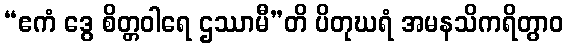
“ဧကံ ဒွေ စိတ္တဝါရေ ဌဿာမီ”တိ ပိတုဃရံ အမနသိကရိတွာဝ